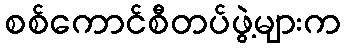
စစ်ကောင်စီတပ်ဖွဲ့များက